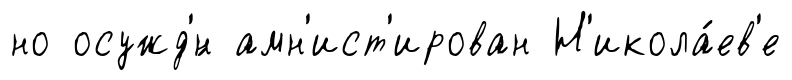
но осужд'́н амн'ист'ирован Н'икола́ев'е